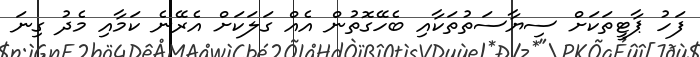
ފަހު ޕާޓީތަކަށް ސިޔާސަތުތަކާއި ބެހޭގޮތުން އެއް ގަލަކަށް އެރޭނެ ކަމާއި މެދު ގިނަ